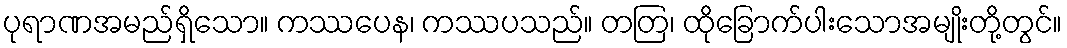
ပုရာဏအမည်ရှိသော။ ကဿပေန၊ ကဿပသည်။ တတြ၊ ထိုခြောက်ပါးသောအမျိုးတို့တွင်။